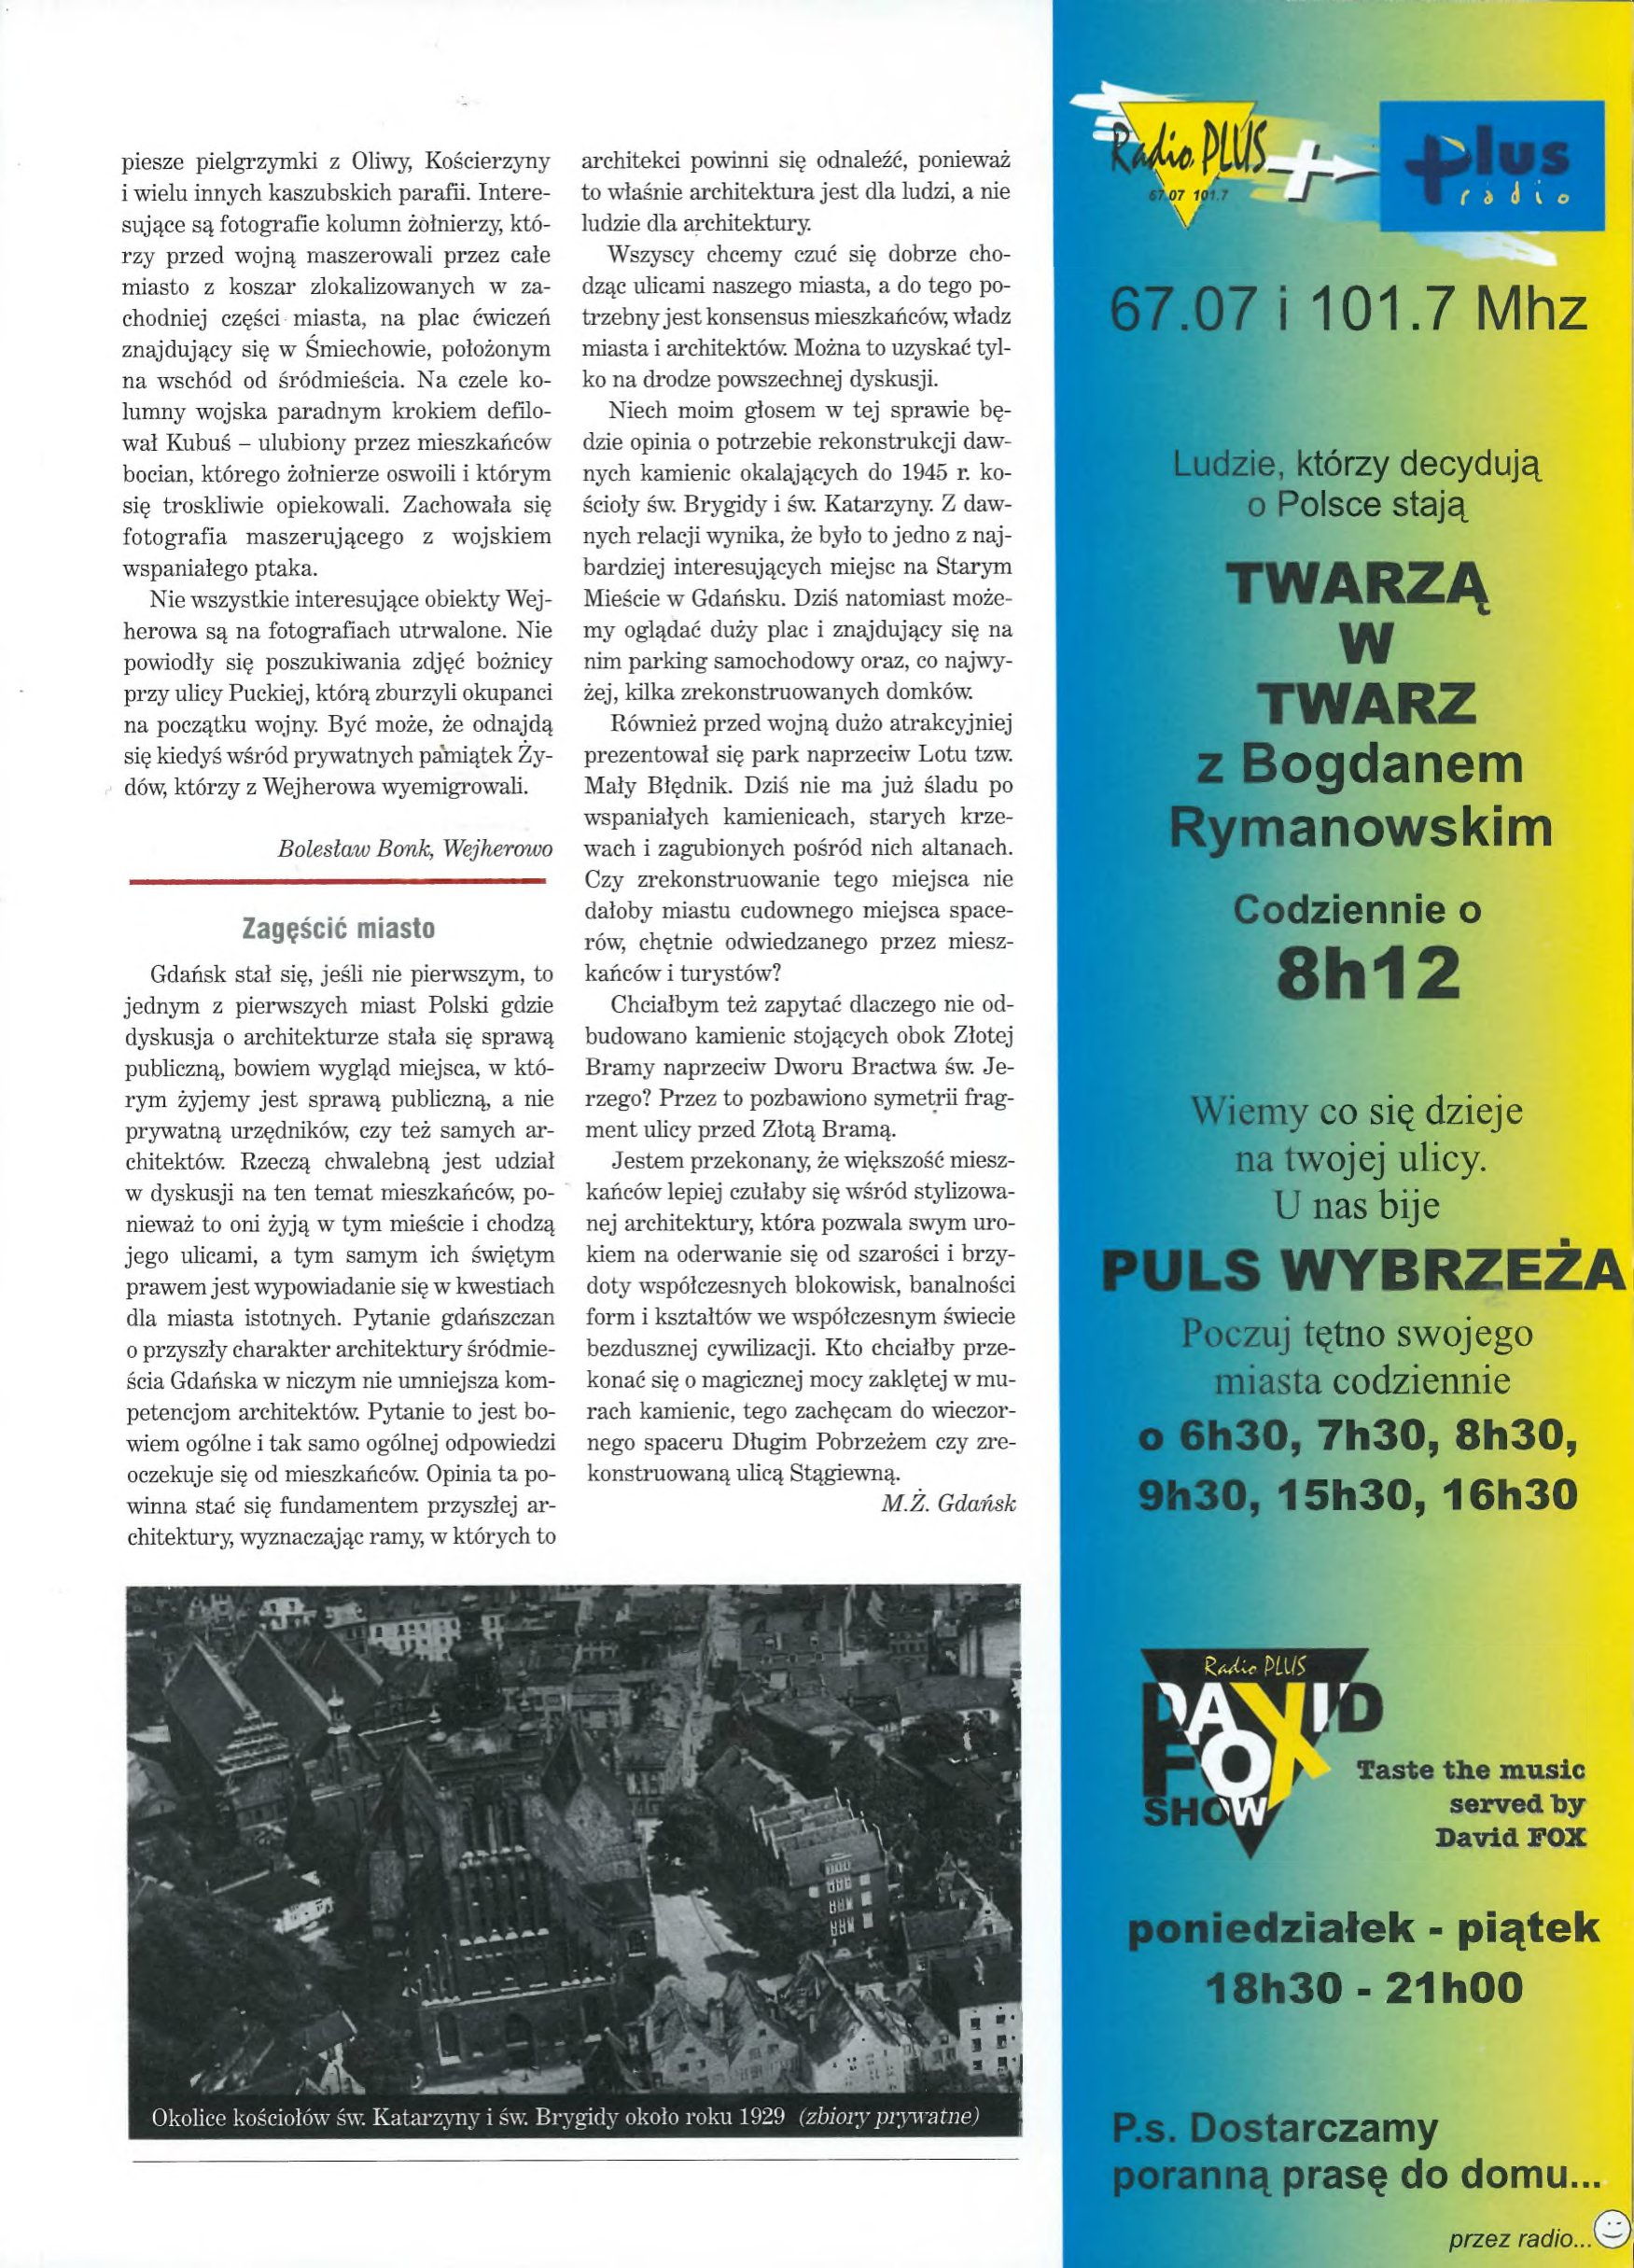
Language: pl